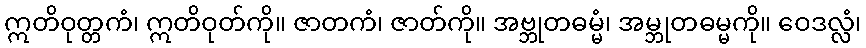
ဣတိဝုတ္တကံ၊ ဣတိဝုတ်ကို။ ဇာတကံ၊ ဇာတ်ကို။ အဗ္ဘုတဓမ္မံ၊ အမ္ဘုတဓမ္မကို။ ဝေဒလ္လံ၊